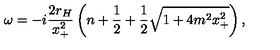
\omega = - i \frac { 2 r _ { H } } { x _ { + } ^ { 2 } } \left( n + \frac { 1 } { 2 } + \frac { 1 } { 2 } \sqrt { 1 + 4 m ^ { 2 } x _ { + } ^ { 2 } } \right) ,